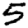
Digit: 5